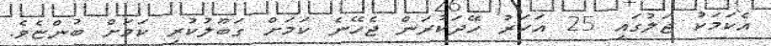
އެކަމަކު ޖަލުގައި 25 އަހަރު ހޭދަކުރަން ޖެހޭނެ ކަމަށް ގަބޫލުކުރި ކަމަށް ބުންޏެވެ.